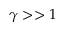
\gamma > > 1